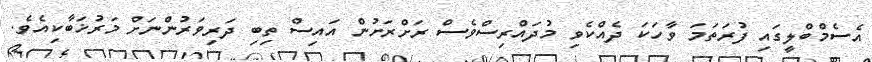
އެސެމްބްލީގައި ފުރަތަމަ ވާހަކަ ދެއްކެވި މުދައްރިސްވެސް ރަށްރަށުން އައިސް ތިބި ދަރިވަރުންނަށް މަރުޚަބާކިއެވެ.